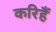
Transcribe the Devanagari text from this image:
करिहैं